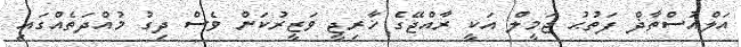
އަލްއުސްތާޛް ފަތުޙު ޖަމީލް އަކީ ރާއްޖޭގެ ޚާރިޖީ ވަޒީރުކަން ވެސް ދިގު މުއްދަތެއްގައި